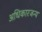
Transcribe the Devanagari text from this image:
अधिकारजन्य